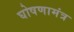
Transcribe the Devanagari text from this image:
घोषणामंत्र